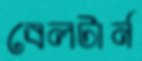
বেলটার্ন